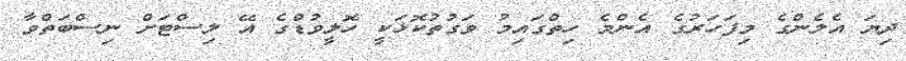
ދިޔަ އެލެންގެ މިފަހަރުގެ އެންމެ ހިތްގައިމު ވަގުތުކޮޅަކީ ހޮލީވުޑްގެ އޭ ލިސްޓަށް ނިސްބަތްވާ